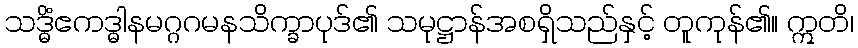
သဒ္ဓိံဧကဒ္ဓါနမဂ္ဂဂမနသိက္ခာပုဒ်၏ သမုဋ္ဌာန်အစရှိသည်နှင့် တူကုန်၏။ ဣတိ၊